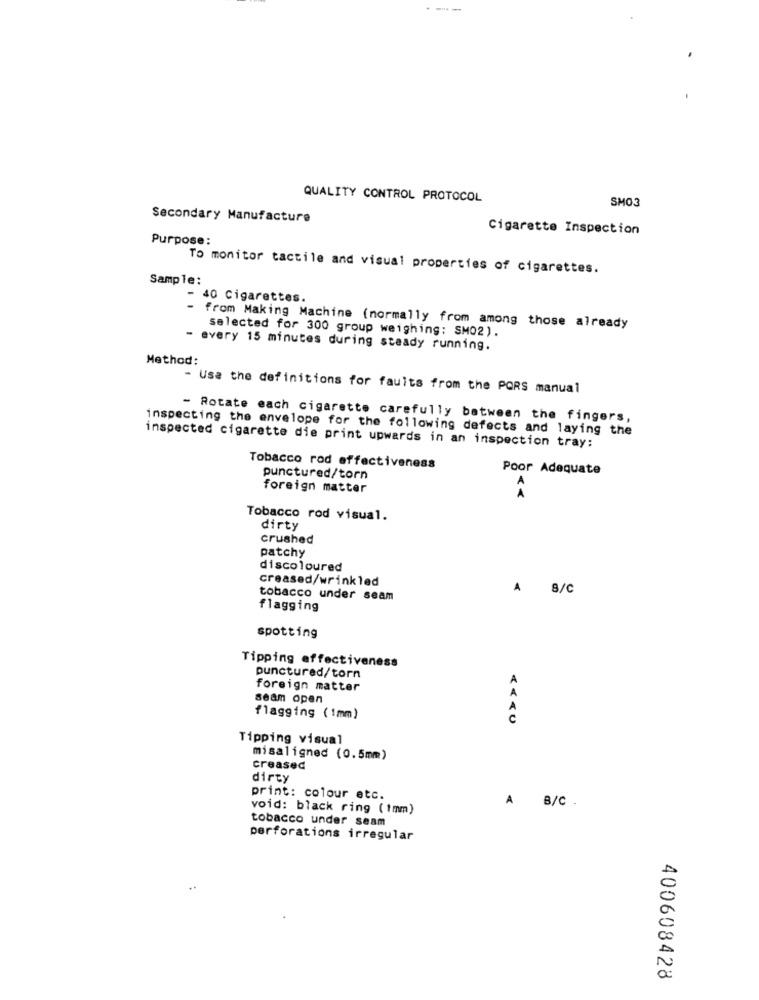
--
QUALITY CONTROL PROTOCOL
SMO3
Secondary Manufacture
Cigarette Inspection
Purpose:
To monitor tactile and visual properties of cigarettes.
Sample:
- 40 Cigarettes.
- from Making Machine (normally from among those already
selected for 300 group weighing: SM02).
- every 15 minutes during steady running.
Method:
- Use the definitions for faults from the PORS manual
- Rotate each cigarette carefully between the fingers,
inspecting the envelope for the following defects and laying the
inspected cigarette die print upwards in an inspection tray:
Tobacco rod effectiveness
Poor Adequate
punctured/torn
foreign matter
Tobacco rod visual.
dirty
crushed
patchy
discoloured
creased/wrinkled
8/C
tobacco under seam
flagging
spotting
Tipping effectiveness
punctured/torn
A
foreign matter
A
seam open
A
flagging (1mm)
c
Tipping visual
misaligned (0.5mm)
creased
dirty
print: colour etc.
A
void: black ring (1mm)
B/C .
tobacco under seam
perforations irregular
400608428